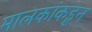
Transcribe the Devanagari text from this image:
मालकांकडून